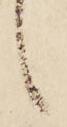
候